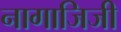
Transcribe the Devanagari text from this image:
नागाजिजी